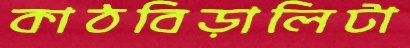
কাঠবিড়ালিটা